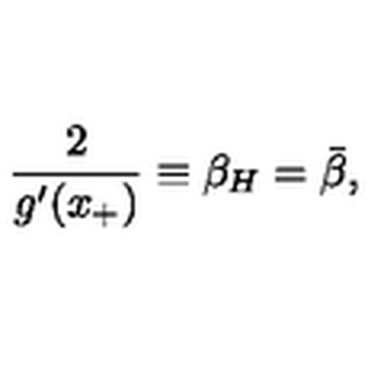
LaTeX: { \frac { 2 } { g ^ { \prime } ( x _ { + } ) } } \equiv \beta _ { H } = \bar { \beta } ,